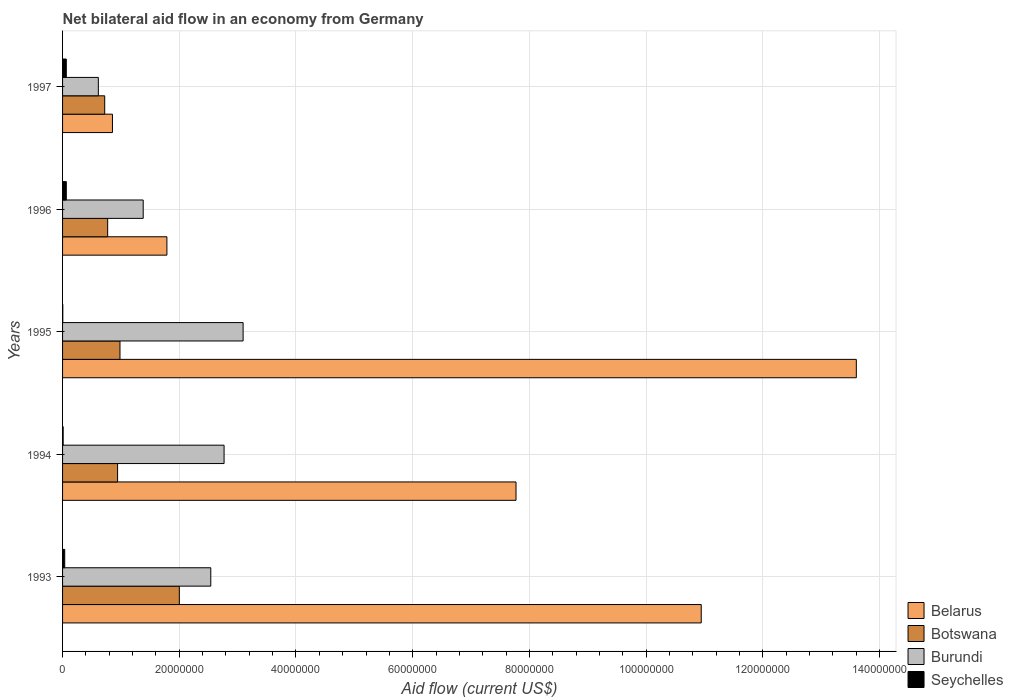
| Years | Belarus | Botswana | Burundi | Seychelles |
 | --- | --- | --- | --- | --- |
 | 1993 | 1.09e+08 | 2e+07 | 2.54e+07 | 3.7e+05 |
 | 1994 | 7.77e+07 | 9.43e+06 | 2.77e+07 | 1e+05 |
 | 1995 | 1.36e+08 | 9.84e+06 | 3.09e+07 | 4e+04 |
 | 1996 | 1.79e+07 | 7.73e+06 | 1.38e+07 | 6.4e+05 |
 | 1997 | 8.55e+06 | 7.22e+06 | 6.13e+06 | 6.4e+05 |